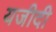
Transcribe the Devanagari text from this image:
यजीदी